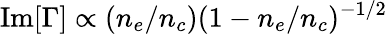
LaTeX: \mathrm{Im}[\Gamma]\propto(n_{e}/n_{c})(1-n_{e}/n_{c})^{-1/2}